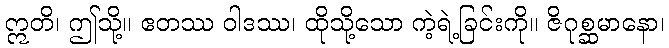
ဣတိ၊ ဤသို့။ ဧတဿ ဝါဒဿ၊ ထိုသို့သော ကဲ့ရဲ့ခြင်းကို။ ဇိဂုစ္ဆမာနော၊